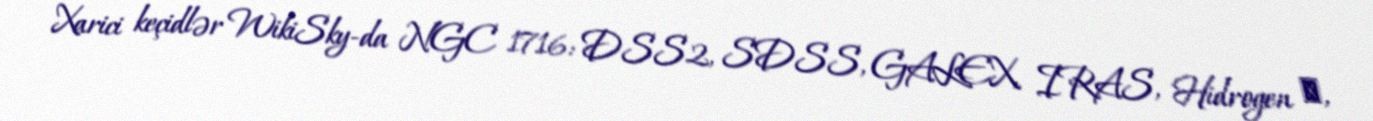
Xarici keçidlər WikiSky-da NGC 1716: DSS2, SDSS, GALEX, IRAS, Hidrogen α,